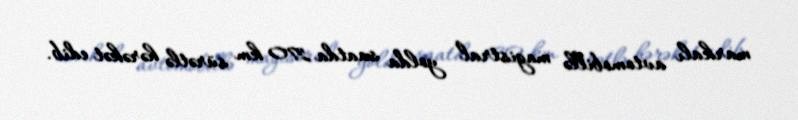
markalı avtomobillə magistral yolda saatda 270 km sürətlə hərəkət edib.